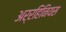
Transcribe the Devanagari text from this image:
अर्रहिनियस